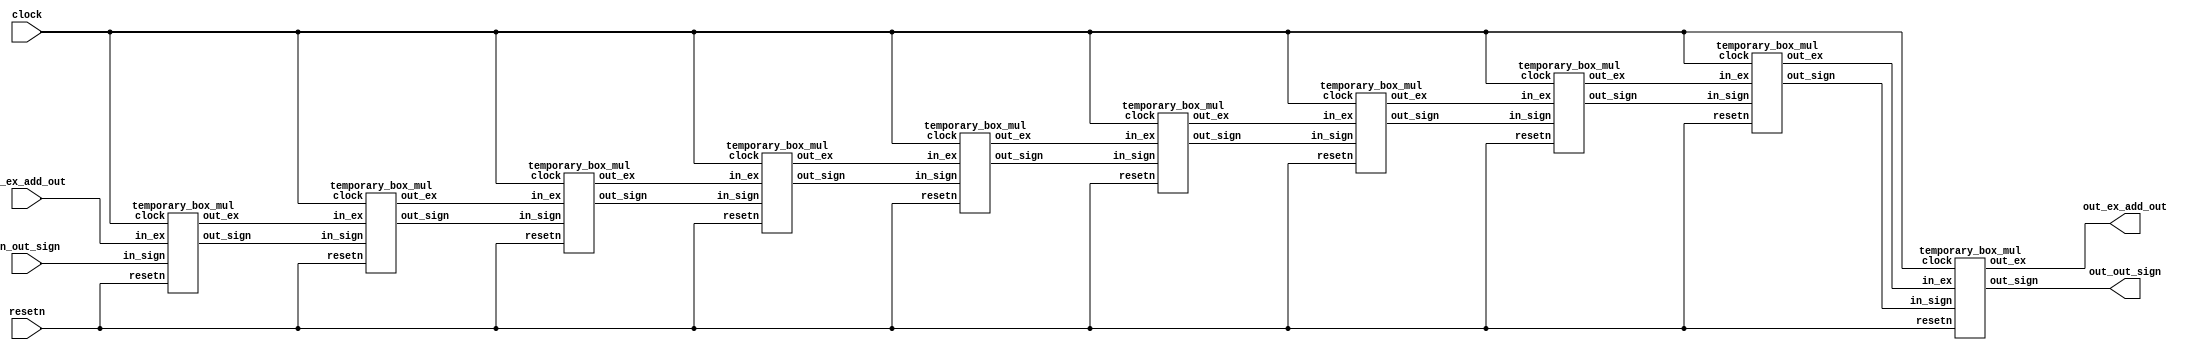
`timescale 1ns / 1ps
//////////////////////////////////////////////////////////////////////////////////
// Company: 
// Engineer: 
// 
// Design Name: 
// Module Name:    step2_status 
// Project Name: 
// Target Devices: 
// Tool versions: 
// Description: 
//
// Dependencies: 
//
// Revision: 
// Revision 0.01 - File Created
// Additional Comments: 
//
//////////////////////////////////////////////////////////////////////////////////
module step2_status(clock, resetn, in_ex_add_out, in_out_sign, out_ex_add_out, out_out_sign);
	input clock, resetn;
	
	input [7:0] in_ex_add_out;
	input in_out_sign;
	
	output [7:0] out_ex_add_out;
	output out_out_sign;
	
	parameter cycle = 10;
	
	wire [7:0] temp_ex[cycle:0];
	wire temp_sign[cycle:0];
	
	assign temp_ex[0] = in_ex_add_out;
	assign temp_sign[0] = in_out_sign;
	
	genvar i;
	generate
		for(i=0 ; i<cycle ; i=i+1) begin: loop_buf_mul
			temporary_box_mul TBM1(.clock(clock), .resetn(resetn), .in_sign(temp_sign[i]), .in_ex(temp_ex[i]), .out_sign(temp_sign[i+1]), .out_ex(temp_ex[i+1]));
		end
	endgenerate
	
	assign out_ex_add_out = temp_ex[cycle];
	assign out_out_sign = temp_sign[cycle];
	
endmodule 

///////////////////////////////

module temporary_box_mul(clock, resetn, in_sign, in_ex, out_sign, out_ex); //1 clock   
	input clock, resetn;
		
	input [7:0] in_ex;
	input in_sign;
	
	output reg [7:0] out_ex;
	output reg out_sign;
	
	always@(posedge clock, negedge resetn) begin
		if(!resetn) begin
			out_sign <= 0;
			out_ex <= 0;
		end
		else begin	
			out_sign <= in_sign;
			out_ex <= in_ex;
		end
	end

endmodule